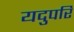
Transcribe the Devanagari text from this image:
यदुपरि